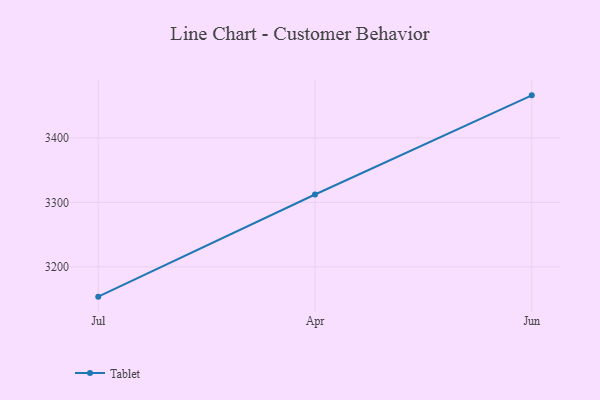
{"axis": {"x": "Month", "y": "Conversion Rate (%)"}, "legend": ["Tablet"], "data": [{"x": "Jul", "y": 3153.8, "type": "Tablet"}, {"x": "Apr", "y": 3312.2, "type": "Tablet"}, {"x": "Jun", "y": 3465.9, "type": "Tablet"}]}